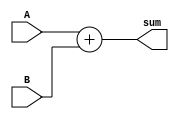
`timescale 1ns / 1ps
//////////////////////////////////////////////////////////////////////////////////
// Company: 
// Engineer: 
// 
// Design Name: 
// Module Name: lmsfilter
// Project Name: 
// Target Devices: 
// Tool Versions: 
// Description: 
// 
// Dependencies: 
// 
// Revision:
// Revision 0.01 - File Created
// Additional Comments:
// 
//////////////////////////////////////////////////////////////////////////////////


module adder(A,B,sum);    //  adder
parameter N=32;
input signed [N-1:0] A;
input signed[N-1:0] B;
output signed [N-1:0] sum;
assign sum=A+B;
endmodule

module multiplier(A,B,sum,clk);   ///multiplier
parameter  N=32;
input signed [N-1:0] A;
input clk;
input signed [N-1:0] B;
output signed [N-1:0] sum;
reg signed [N-1:0]z;
integer i;
always@(posedge clk)
begin
z=0;
for(i=0;i<32;i=i+1)
begin
if (i!=32'd31)
  if(B[i]==1'b1)
    z=z+(A<<i); 
else
    if (B[i]==1'b1)
      z=z-(A<<i);
end
end
assign sum=z;
endmodule




module filtercoeff(clk,clr,h0,h1,h2,p0,p1,p2,k0,k1,k2);           // filter coefficients
parameter N=32;
input clk,clr;
input signed [N-1:0]h0,h1,h2,p0,p1,p2;
output reg signed [N-1:0]k0,k1,k2;
always@(posedge clk)
begin
if(clr==1) begin
 k0<=h0;
 k1<=h1;
 k2<=h2;
end
else begin
    k0<=p0;
    k1<=p1;
    k2<=p2;
     end
end               
endmodule

module Delay(in,out,clk,clr);       // delay blocks
parameter N = 32;
input clk,clr;
input signed [N-1:0] in;
output reg signed [N-1:0] out;
always @(posedge clk) begin
    if(clr)out<=32'b0;
    else out<=in;
end
endmodule

module FIR(X,h0,h1,h2,Y,clk,clr,d);        /// main module
parameter N = 32;
parameter U=10;
input signed [N-1:0] X,h0,h1,h2,d;
input clk,clr;
output signed [N-1:0] Y;
wire signed [N-1:0] D1_out,M1_out,M2_out,D2_out,M3_out,A1_out;
wire signed [N-1:0] k0,k1,k2,p0,p1,p2;
wire signed [N-1:0]error;
filtercoeff   f2(clk,clr,h0,h1,h2,p0,p1,p2,k0,k1,k2);
Delay D1(X,D1_out,clk,clr);
multiplier M1(X,k0,M1_out,clk);
Delay D2(D1_out,D2_out,clk,clr);
multiplier M2(D1_out,k1,M2_out,clk);
multiplier M3(D2_out,k2,M3_out,clk);
adder A1(M1_out,M2_out,A1_out);
adder A2(A1_out,M3_out,Y);

assign error = d-Y;                     // error value
assign p0=k0+((error*X)>>>U);
assign p1=k1+((error*D1_out)>>>U);
assign p2=k2+((error*D2_out)>>>U);
//filtercoeff   f3(clk,clr,h0,h1,h2,p0,p1,p2,k0,k1,k2);
endmodule